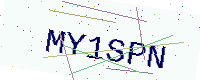
Text: MY1SPN